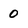
Character: 0